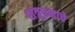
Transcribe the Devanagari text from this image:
शत्रूपक्षाचे